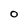
Character: O